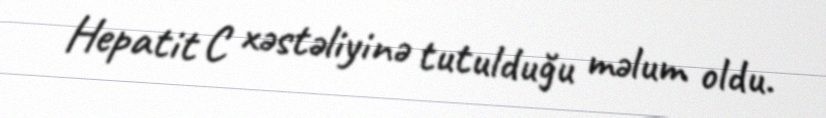
Hepatit C xəstəliyinə tutulduğu məlum oldu.